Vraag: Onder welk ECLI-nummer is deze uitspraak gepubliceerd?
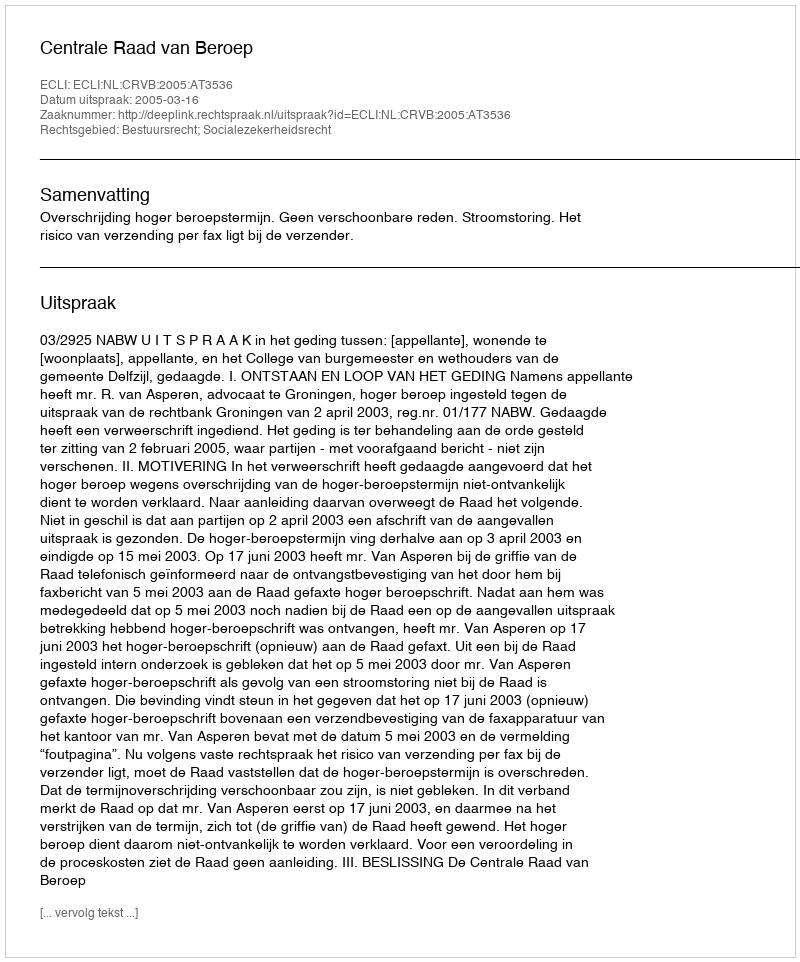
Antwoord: ECLI:NL:CRVB:2005:AT3536